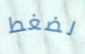
لضغط